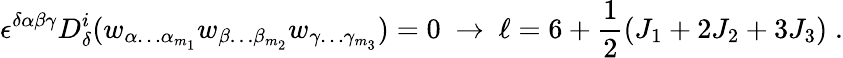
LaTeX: \epsilon^{\delta\alpha\beta\gamma}D_{\delta}^{i}(w_{\alpha\ldots\alpha_{m_{1}}}w_{\beta\ldots\beta_{m_{2}}}w_{\gamma\ldots\gamma_{m_{3}}})=0\ \rightarrow\ \ell=6+{\frac{1}{2}}(J_{1}+2J_{2}+3J_{3})\; .